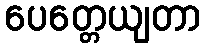
ပေတ္တေယျတာ